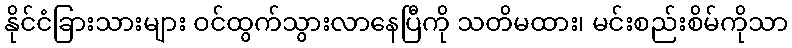
နိုင်ငံခြားသားများ ဝင်ထွက်သွားလာနေပြီကို သတိမထား၊ မင်းစည်းစိမ်ကိုသာ